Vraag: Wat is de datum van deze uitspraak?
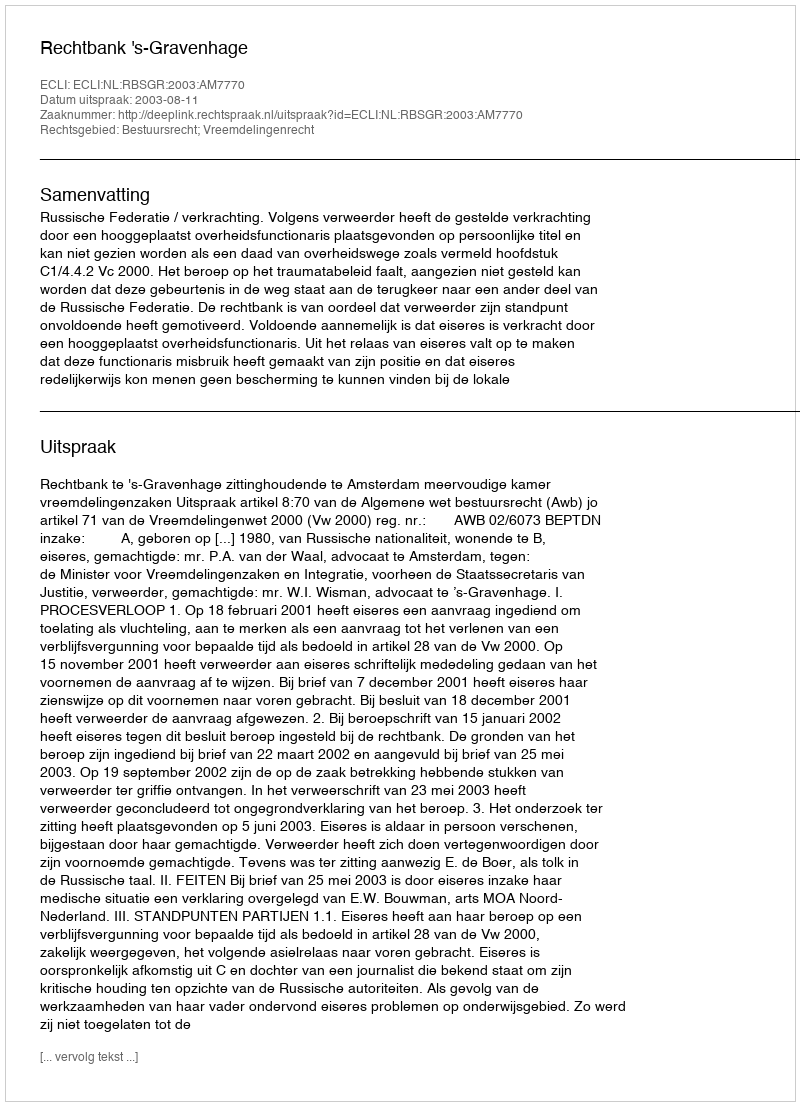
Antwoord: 2003-08-11